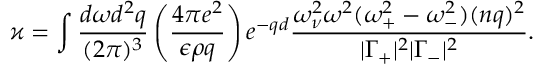
\varkappa = \int \frac { d \omega d ^ { 2 } q } { ( 2 \pi ) ^ { 3 } } \left( \frac { 4 \pi e ^ { 2 } } { \epsilon \rho q } \right) e ^ { - q d } \frac { \omega _ { \nu } ^ { 2 } \omega ^ { 2 } ( \omega _ { + } ^ { 2 } - \omega _ { - } ^ { 2 } ) ( n q ) ^ { 2 } } { | \Gamma _ { + } | ^ { 2 } | \Gamma _ { - } | ^ { 2 } } .